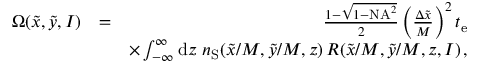
\begin{array} { r l r } { \Omega ( \tilde { x } , \tilde { y } , I ) } & { = } & { \frac { 1 - \sqrt { 1 - \mathrm { N A } ^ { 2 } } } { 2 } \left( \frac { \Delta \tilde { x } } { M } \right) ^ { 2 } t _ { \mathrm { e } } } \\ & { } & { \times \int _ { - \infty } ^ { \infty } \mathrm { d } z \ n _ { \mathrm { S } } ( \tilde { x } / M , \tilde { y } / M , z ) \, R ( \tilde { x } / M , \tilde { y } / M , z , I ) \, , } \end{array}